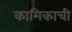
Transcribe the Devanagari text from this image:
कामिकाची